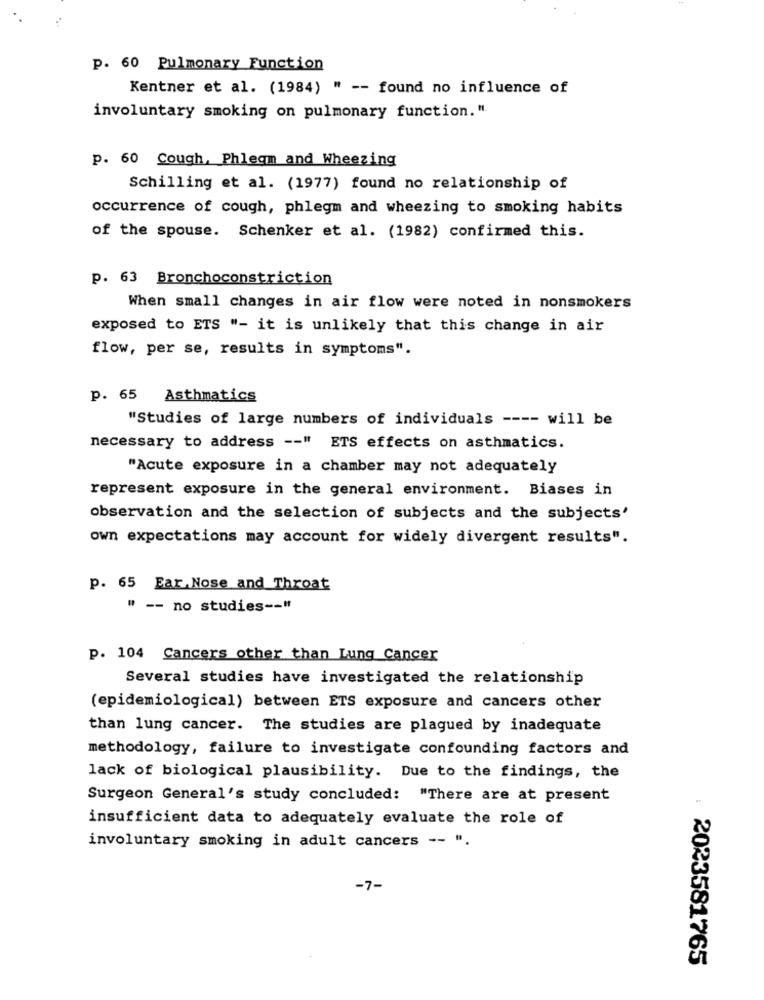
p. 60 Pulmonary Function
Kentner et al. (1984) " -- found no influence of
involuntary smoking on pulmonary function.".
p. 60 Cough, Phlegm and Wheezing
Schilling et al. (1977) found no relationship of
occurrence of cough, phlegm and wheezing to smoking habits
of the spouse. Schenker et al. (1982) confirmed this.
P. 63 Bronchoconstriction
When small changes in air flow were noted in nonsmokers
exposed to ETS "- it is unlikely that this change in air
flow, per se, results in symptoms".
p. 65
Asthmatics
"Studies of large numbers of individuals ---- will be
necessary to address -- " ETS effects on asthmatics.
"Acute exposure in a chamber may not adequately
represent exposure in the general environment. Biases in
observation and the selection of subjects and the subjects'
own expectations may account for widely divergent results".
p. 65 Ear,Nose and Throat
" -- no studies -- "
p. 104 Cancers other than Lung Cancer
Several studies have investigated the relationship
(epidemiological) between ETS exposure and cancers other
than lung cancer. The studies are plagued by inadequate
methodology, failure to investigate confounding factors and
lack of biological plausibility. Due to the findings, the
Surgeon General's study concluded: "There are at present
insufficient data to adequately evaluate the role of
involuntary smoking in adult cancers -- ".
-7-
:2023581765